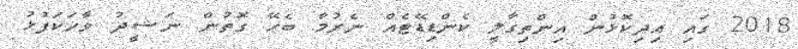
2018 ގައި އިދިކޮޅުން އިންތިގާލީ ކެންޑިޑޭޓެއް ނެރުމާ ބެހޭ ގޮތުން ނަޝީދު ވާހަކަފުޅު